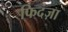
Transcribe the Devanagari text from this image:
फिदंज़ा